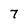
Character: 7